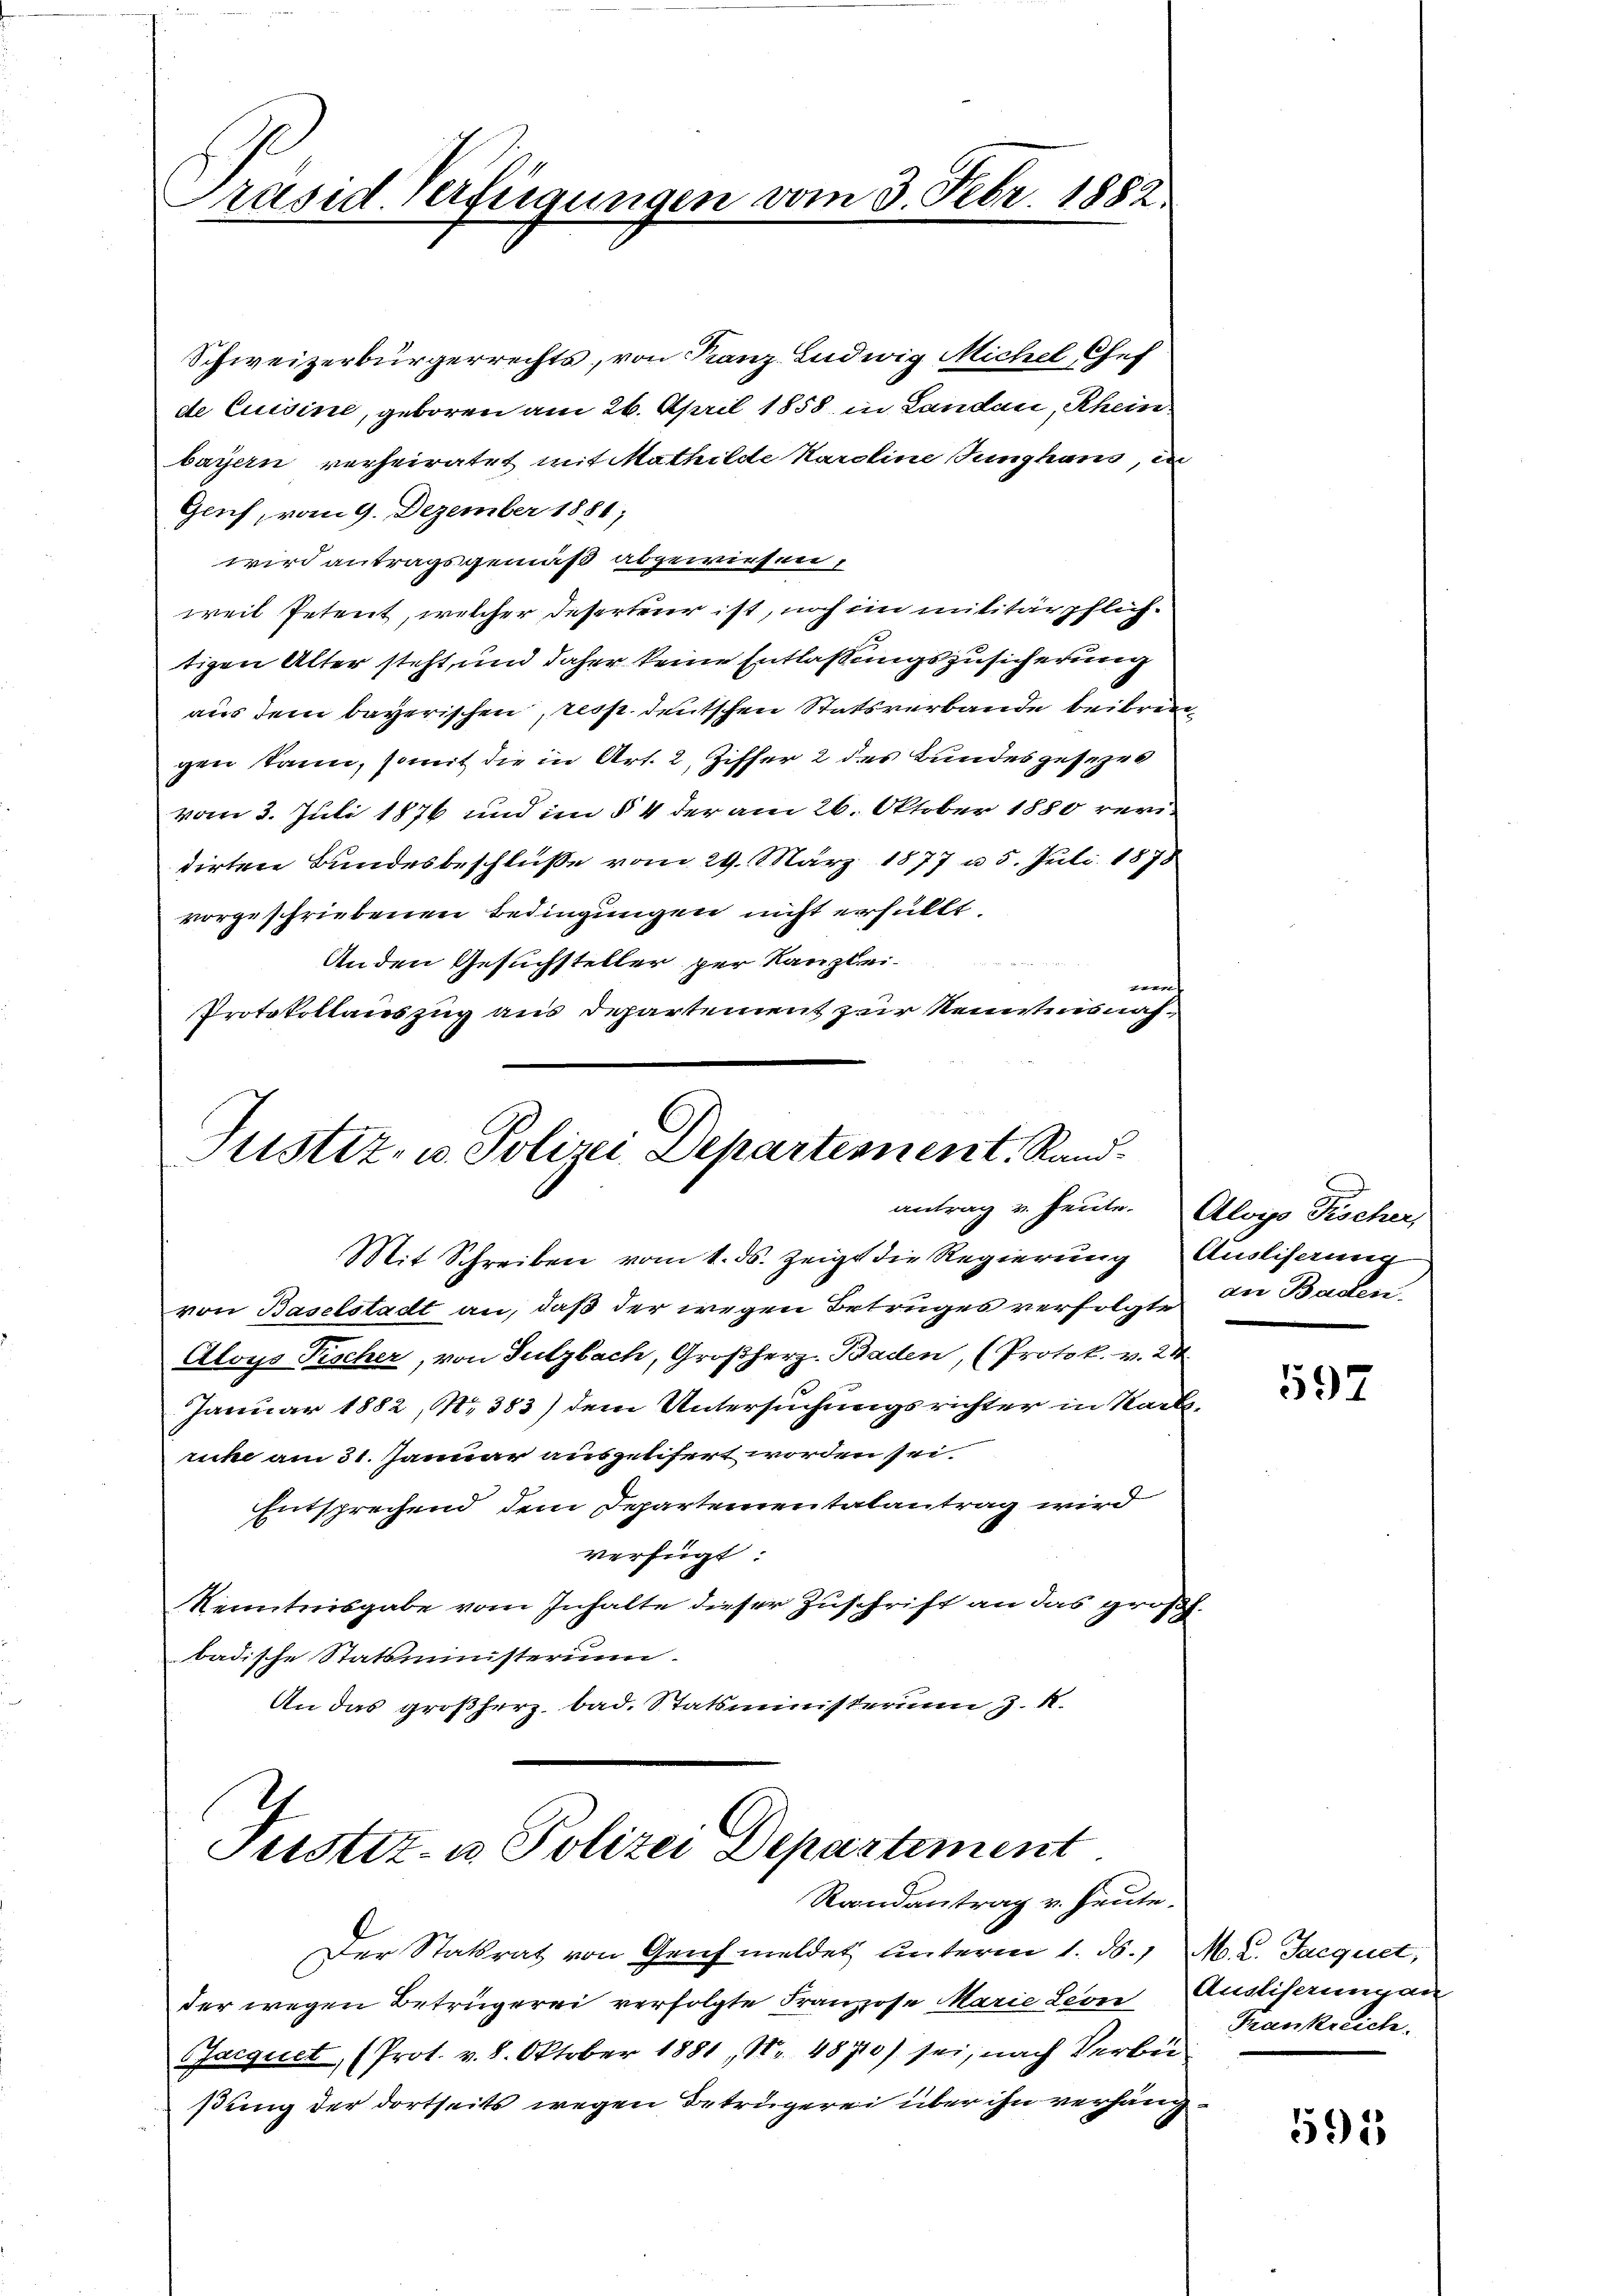
Präsid. Verfügungen vom 3. Febr. 1882

Schweizerbürgerrechts, von Franz Ludwig Michel Chef
de Cuisine, geboren am 26. April 1858 in Landau, Rhein
bayern verheiratet mit Mathilde Karoline Junghaus, in
Geuch, vom 9. Dezember 1881;
wird antragsgemäß abgewiesen,
weil Petent, welcher deserteur ist, noch im militärpflichtigen Alter steht, und daher keine Entlassungszusicherung
aus dem bayerischen, resp. deutschen Statsverbande beibren
gen kann, somit die in Art. 2, Ziffer 2 des Bundesgesezes
vom 3. Juli 1876 und im § 4 der am 26. Oktober 1880 revidirten Bundesbeschlüße vom 29. März 1877 u. 5. Juli 1878
vorgeschriebenen Bedingungen nicht erfüllt
Anden Gesuchsteller per Kanzlei.
e
Protokollauszug aus Departement zur Kenntnisnah¬

Justiz- u. Polizei Departement. Rand.
antrag u. heute. Aloys Fischer,

Mit Schreiben vom 1. ds. zeigt die Regierung Ausliserung
von Baselstadt an, daß der wegen Betruges verfolgte. In Baden,
Aloys Fischer, von Sulzbach, Großherz- Baden, (Protok. v. 24
Januar 1882, No 383) dem Untersuchungsrichter in Sackricke am 31. Januar ausgelifert worden sei.
Entsprechend dem Departementatantrag wird
verfügt:
Kenntnisgabe vom Inhalte dieser Zuschrift an das großh.
badische Statsministerium.
An das großherz bad. Statsministerium J. M.

Fustiz- u Polizei Departement.
Randantrag v. Heute.

Der Stattrat von Genf meldet unterm 1. d. M. L. Jacquet,
der wegen Betrügerei verfolgte Franzose Marie Leon Anglisaungan
Jacquet (Prot. v. 8. Oktober 1881, Nr. 48710) sei, nach Verbeißung der dortseits wegen Betrügerei über ihn verhäng¬

597

Frankreich.

595